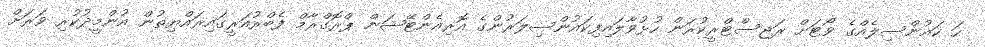
ހަ ކައުންސިލެއްގެ ވޯޓަށް ރަޖިސްޓްރީކުރަން ހުޅުވާލައިފިކައުންސިލަރުންގެ އޮރިއެންޓޭޝަން ޕްރޮގްރާމް ފެބްރުއަރީގައިރައްޔިތުން އުންމީދުކުރި ވަރަށް